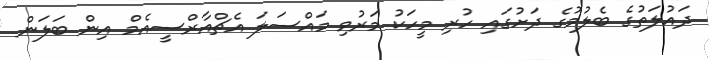
ދައުލަތުގެ ބެލުމުގެ ދަށުގައި ހުރި މީހަކު މަރުވި މައްސަލަ އެޗްއާރްސީއެމް އިން ބަލަން